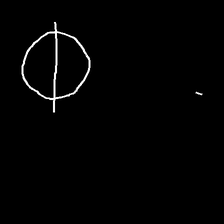
Glyph: orb